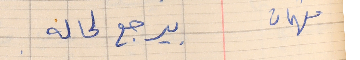
فهمان    بيرجع لحاله